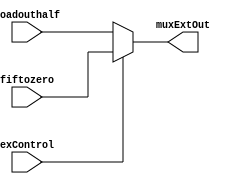

module mux_extend(input wire [15:0] loadouthalf, 
              input wire [15:0] fiftozero, //immediate
              input wire exControl,
              output wire [15:0] muxExtOut);
  
  assign muxExtOut = (exControl == 1'b0) ? loadouthalf : fiftozero;
  
  
endmodule